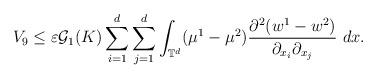
LaTeX: \begin{align*}V_{9}\leq\varepsilon \mathcal{G}_{1}(K)\sum_{i=1}^{d}\sum_{j=1}^{d}\int_{\mathbb{T}^{d}}(\mu^{1}-\mu^{2})\frac{\partial^{2}(w^{1}-w^{2})}{\partial_{x_{i}}\partial_{x_{j}}}\ dx.\end{align*}